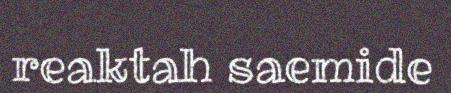
reaktah saemide